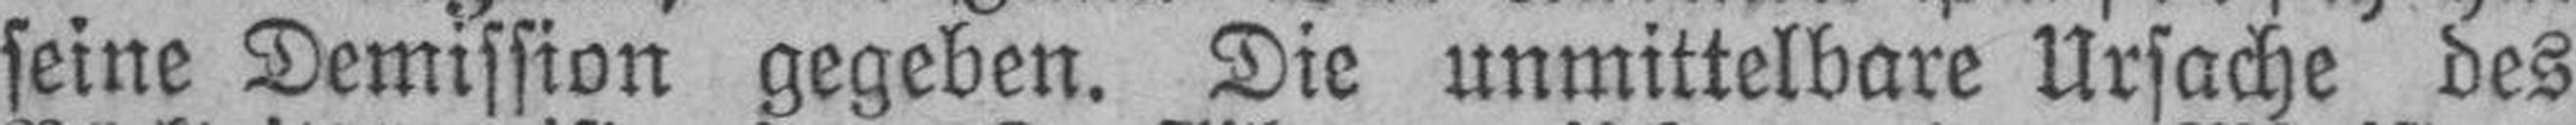
seine Demission gegeben. Die unmittelbare Ursache des